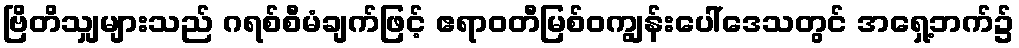
ဗြိတိသျှများသည် ဂရစ်စီမံချက်ဖြင့် ဧရာဝတီမြစ်ဝကျွန်းပေါ်ဒေသတွင် အရှေ့ဘက်၌